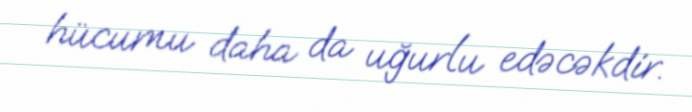
hücumu daha da uğurlu edəcəkdir.